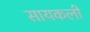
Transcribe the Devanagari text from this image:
सायकली